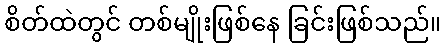
စိတ်ထဲတွင် တစ်မျိုးဖြစ်နေ ခြင်းဖြစ်သည်။